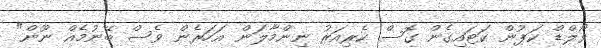
ވޯލްޑް ކަޕުން ކަޓައިގެން ގޮސް ކެރިއަރު ނިންމާލަން އަހަރެން ވެސް ބޭނުމެއް ނޫން"